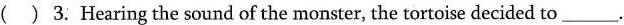
( ) 3. Hearing the sound of the monster, the tortoise decided to___.